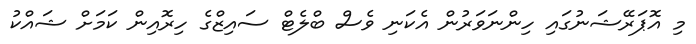
މި އޮޕަރޭޝަނުގައި ހިންނަވަރުން އެކަނި ވެސް ބްލެޓް ސައިޒްގެ ހިރޮއިން ކަމަށް ޝައްކު